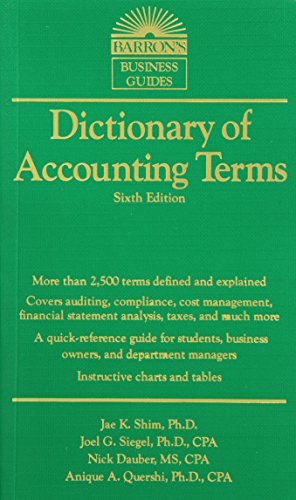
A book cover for Dictionary of Accounting Terms (Barron's Business Dictionaries); Jae K. Shim  Ph.D.; Reference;